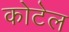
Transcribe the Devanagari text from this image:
कोटेल